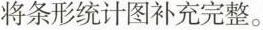
将条形统计图补充完整。